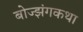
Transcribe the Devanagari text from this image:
बोज्झंगकथा